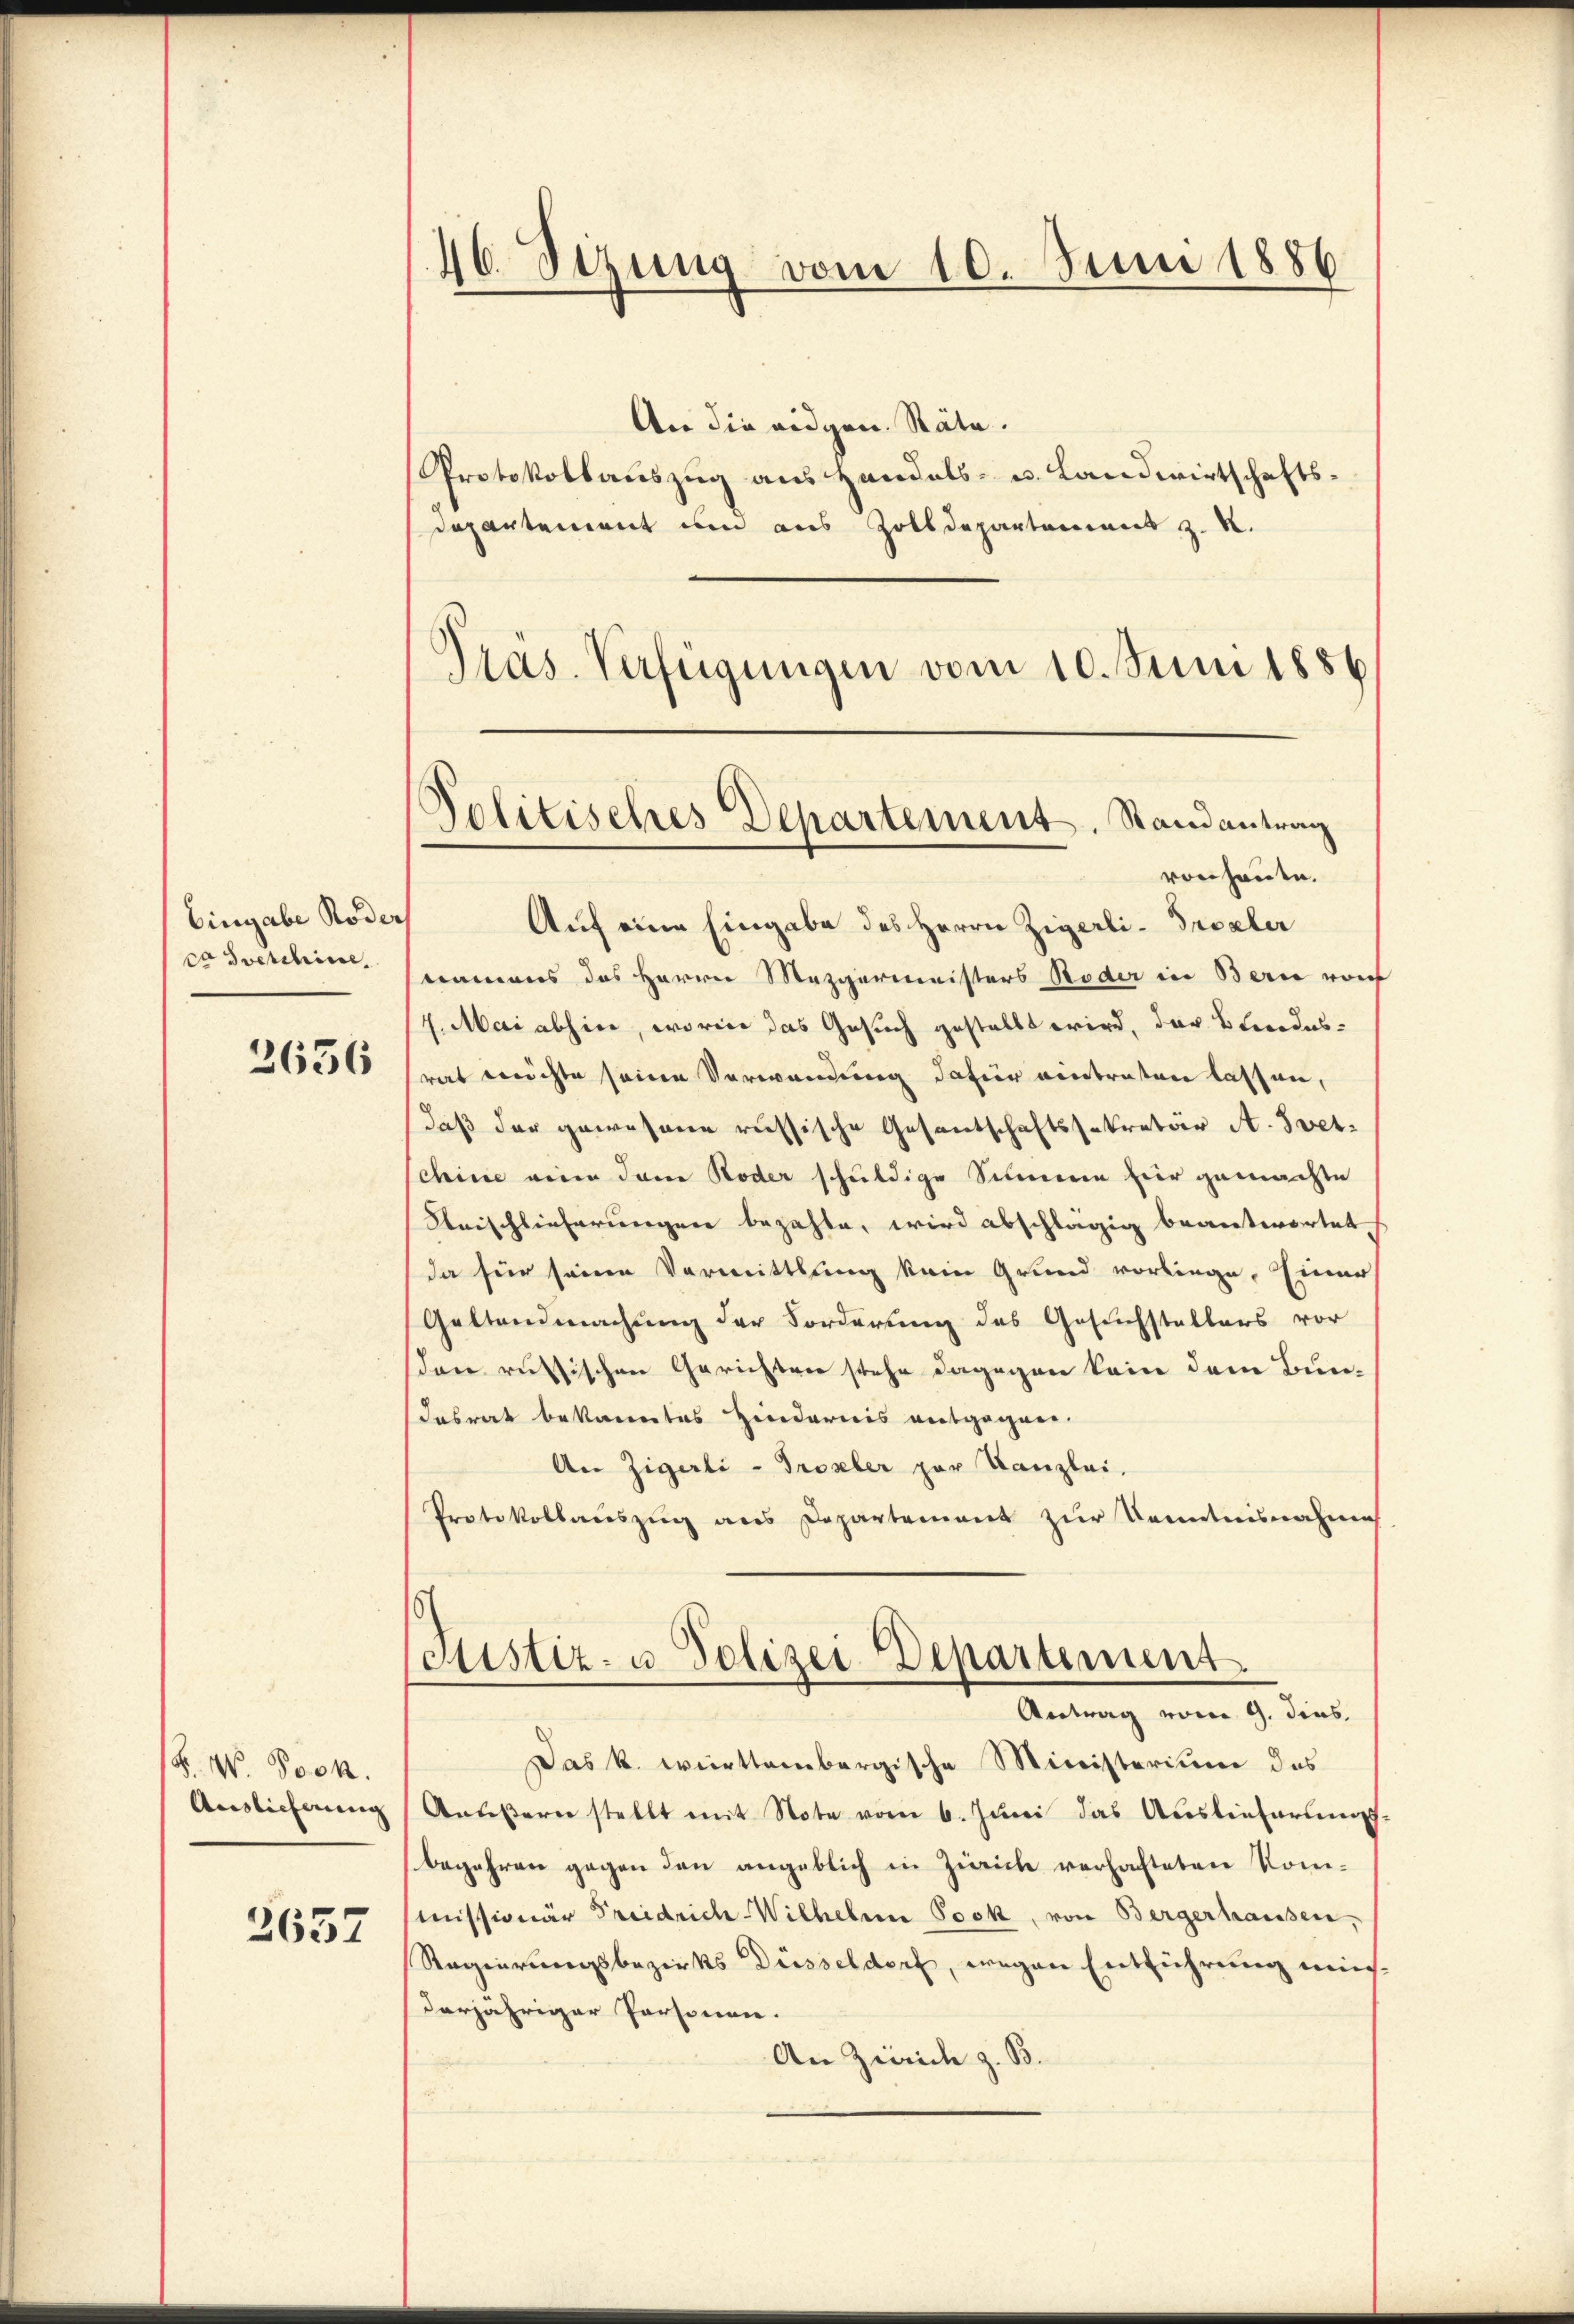
Eingabe Roder
co socchine

2636

F. W. Bock.
Auslieferung

2657

46. Sezung vom 10. Juni 1886

An die eidgen. Räte.
Protokollauszug aus Handels- u. Landwirtschaftsdepartement um aus Zolldepartement z. K.
Präs. Verfügungen vom 10. Juni 1884
Auf eine Eingabe des Herrn Zigerli-Procler
namens des Herrn Mezgermeisters Roder in Bern von
4. Mai abhin, worin das Gesuch gestellt wird, der Brodesrat nichte seine Verwendung dafür eintreten lassen,
daß der gewesene russische Gesantschaftssekretär A. Svetchine eine dann Roder schuldige Simmen hier gemachte
Beischlieferungen bezahle, wird abschlägig beantwortet,
da für seine Vormittlung kein Grund vorliege, Einer
Geltendmachung der Forderung des Gesuchstellers vor
den russischen Gerichten stehe dagegen kein dem Bundasrat bekanntes Hindernis entgegnen.
An Zigerli - Troseler zur Kanzlei.
Protokollauszug aus Departement zur Kenntnisnahme
oristiz- u Polizei-Departement
Antrag vom 9. dens.
Das k. württembergische Ministerium des
Ansessern stellt mit Note vom 6. Juni das Auslieferungs
begehren gegen den angeblich in Zürich verhafteten Kom¬
Missionär Freidrich Wilhelmi Pock, von Bergerhausen,
Regierungsbezirks Diesseldorf, wegen Entführung ein
darjähriger Personen.
An Zürich z. B.

Politisches Departement. Randantrag
von Handen.